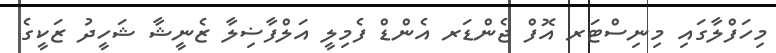
މިހަފްލާގައި މިނިސްޓަރ އޮފް ޖެންޑަރ އެންޑް ފެމިލީ އަލްފާޟިލާ ޒެނީޝާ ޝަހީދު ޒަކީގެ